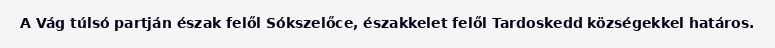
A Vág túlsó partján észak felől Sókszelőce, északkelet felől Tardoskedd községekkel határos.